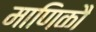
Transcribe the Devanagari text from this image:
माणिकौ